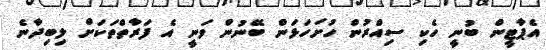
އެޕާޓީން ބުނީ ހެކި ސިއްރުން ހުށަހަޅަން ބޭނުން ވަނީ އެ ފަރާތްތަކަށް ލިބިދާނެ